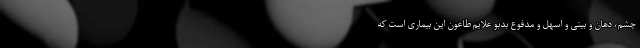
چشم، دهان و بینی و اسهل و مدفوع بدبو علایم طاعون این بیماری است که